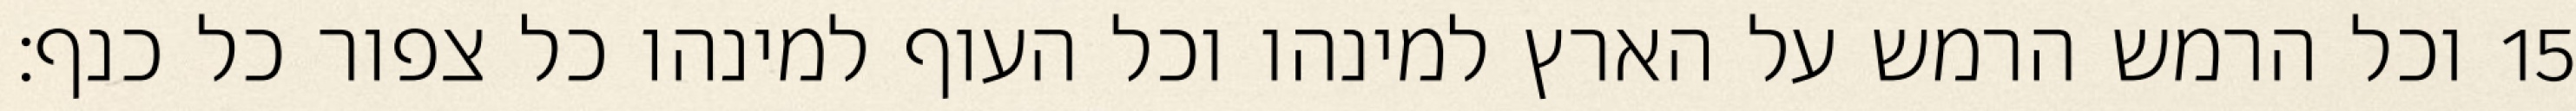
וכל הרמש הרמש על הארץ למינהו וכל העוף למינהו כל צפור כל כנף׃ ‎15‏